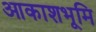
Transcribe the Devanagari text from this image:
आकाशभूमि